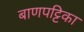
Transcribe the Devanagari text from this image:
बाणपट्टिका